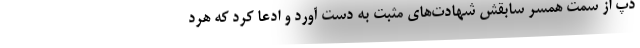
دپ از سمت همسر سابقش شهادت‌های مثبت به دست آورد و ادعا کرد که هرد